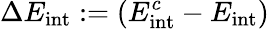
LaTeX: \Delta E_{\mathrm{int}}:=(E_{\mathrm{int}}^{c}-E_{\mathrm{int}})